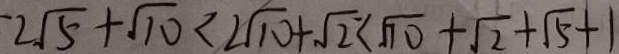
- 2 \sqrt { 5 } + \sqrt { 1 0 } < 2 \sqrt { 1 0 } + \sqrt { 2 } < \sqrt { 1 0 } + \sqrt { 2 } + \sqrt { 5 } + 1